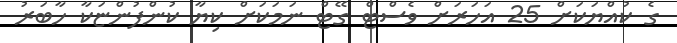
ގެ ކުއްޔަކަށް 25 އަހަރަށް ވެސްޓް ގޭޓް ނަމަކަށް ކިޔާ ކުންފުންޏަކާ ހާބަރު